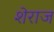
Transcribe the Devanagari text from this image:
शेराज